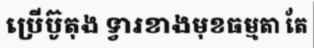
ប្រើប៊ូតុង ទ្វារខាងមុខធម្មតា តែ